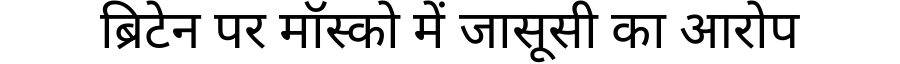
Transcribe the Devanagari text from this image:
ब्रिटेन पर मॉस्को में जासूसी का आरोप